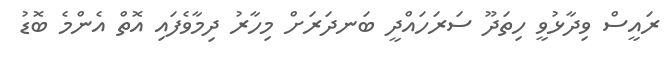
ރައީސް ވިދާޅުވީ ހިތަދޫ ސަރަހައްދީ ބަނދަރަށް މިހާރު ދިމާވެފައި އޮތް އެންމެ ބޮޑު